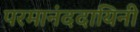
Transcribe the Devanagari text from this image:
परमानंददायिनी